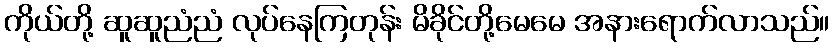
ကိုယ်တို့ ဆူဆူညံညံ လုပ်နေကြတုန်း မိခိုင်တို့မေမေ အနားရောက်လာသည်။